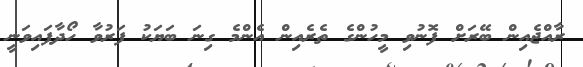
ރާއްޖެއިން ބޭރަށް ފޮނުވި މީހުންގެ ތެރެއިން އެންމެ ގިނަ ބަޔަކު ފަރުވާ ހޯދާފައިވަނީ